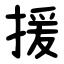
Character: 援